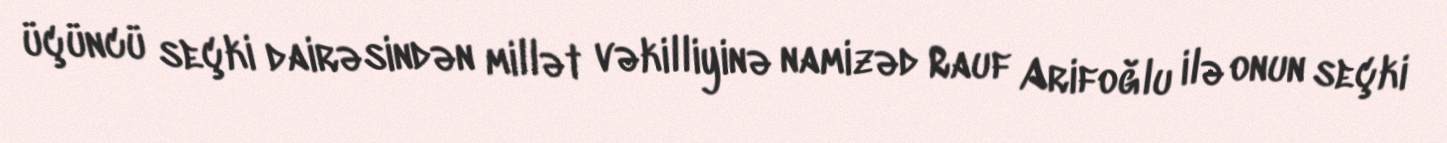
üçüncü seçki dairəsindən millət vəkilliyinə namizəd Rauf Arifoğlu ilə onun seçki